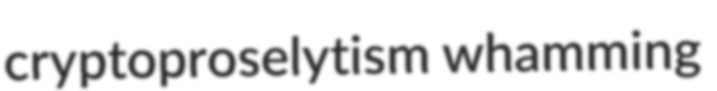
cryptoproselytism whamming